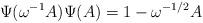
LaTeX: \begin{align*}\Psi(\omega^{-1}A)\Psi(A)=1-\omega^{-1/2}A\end{align*}